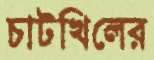
চাটখিলের